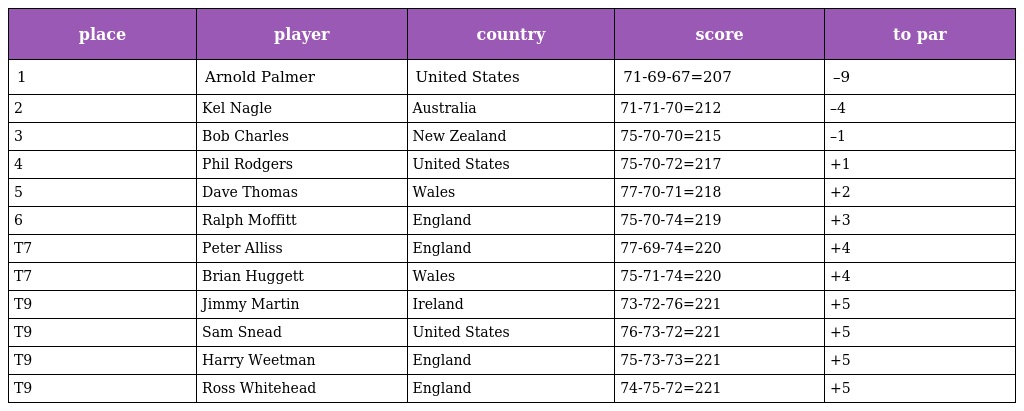
| place | player | country | score | to par |
 | --- | --- | --- | --- | --- |
 | 1 | Arnold Palmer | United States | 71-69-67=207 | –9 |
 | 2 | Kel Nagle | Australia | 71-71-70=212 | –4 |
 | 3 | Bob Charles | New Zealand | 75-70-70=215 | –1 |
 | 4 | Phil Rodgers | United States | 75-70-72=217 | +1 |
 | 5 | Dave Thomas | Wales | 77-70-71=218 | +2 |
 | 6 | Ralph Moffitt | England | 75-70-74=219 | +3 |
 | T7 | Peter Alliss | England | 77-69-74=220 | +4 |
 | T7 | Brian Huggett | Wales | 75-71-74=220 | +4 |
 | T9 | Jimmy Martin | Ireland | 73-72-76=221 | +5 |
 | T9 | Sam Snead | United States | 76-73-72=221 | +5 |
 | T9 | Harry Weetman | England | 75-73-73=221 | +5 |
 | T9 | Ross Whitehead | England | 74-75-72=221 | +5 |